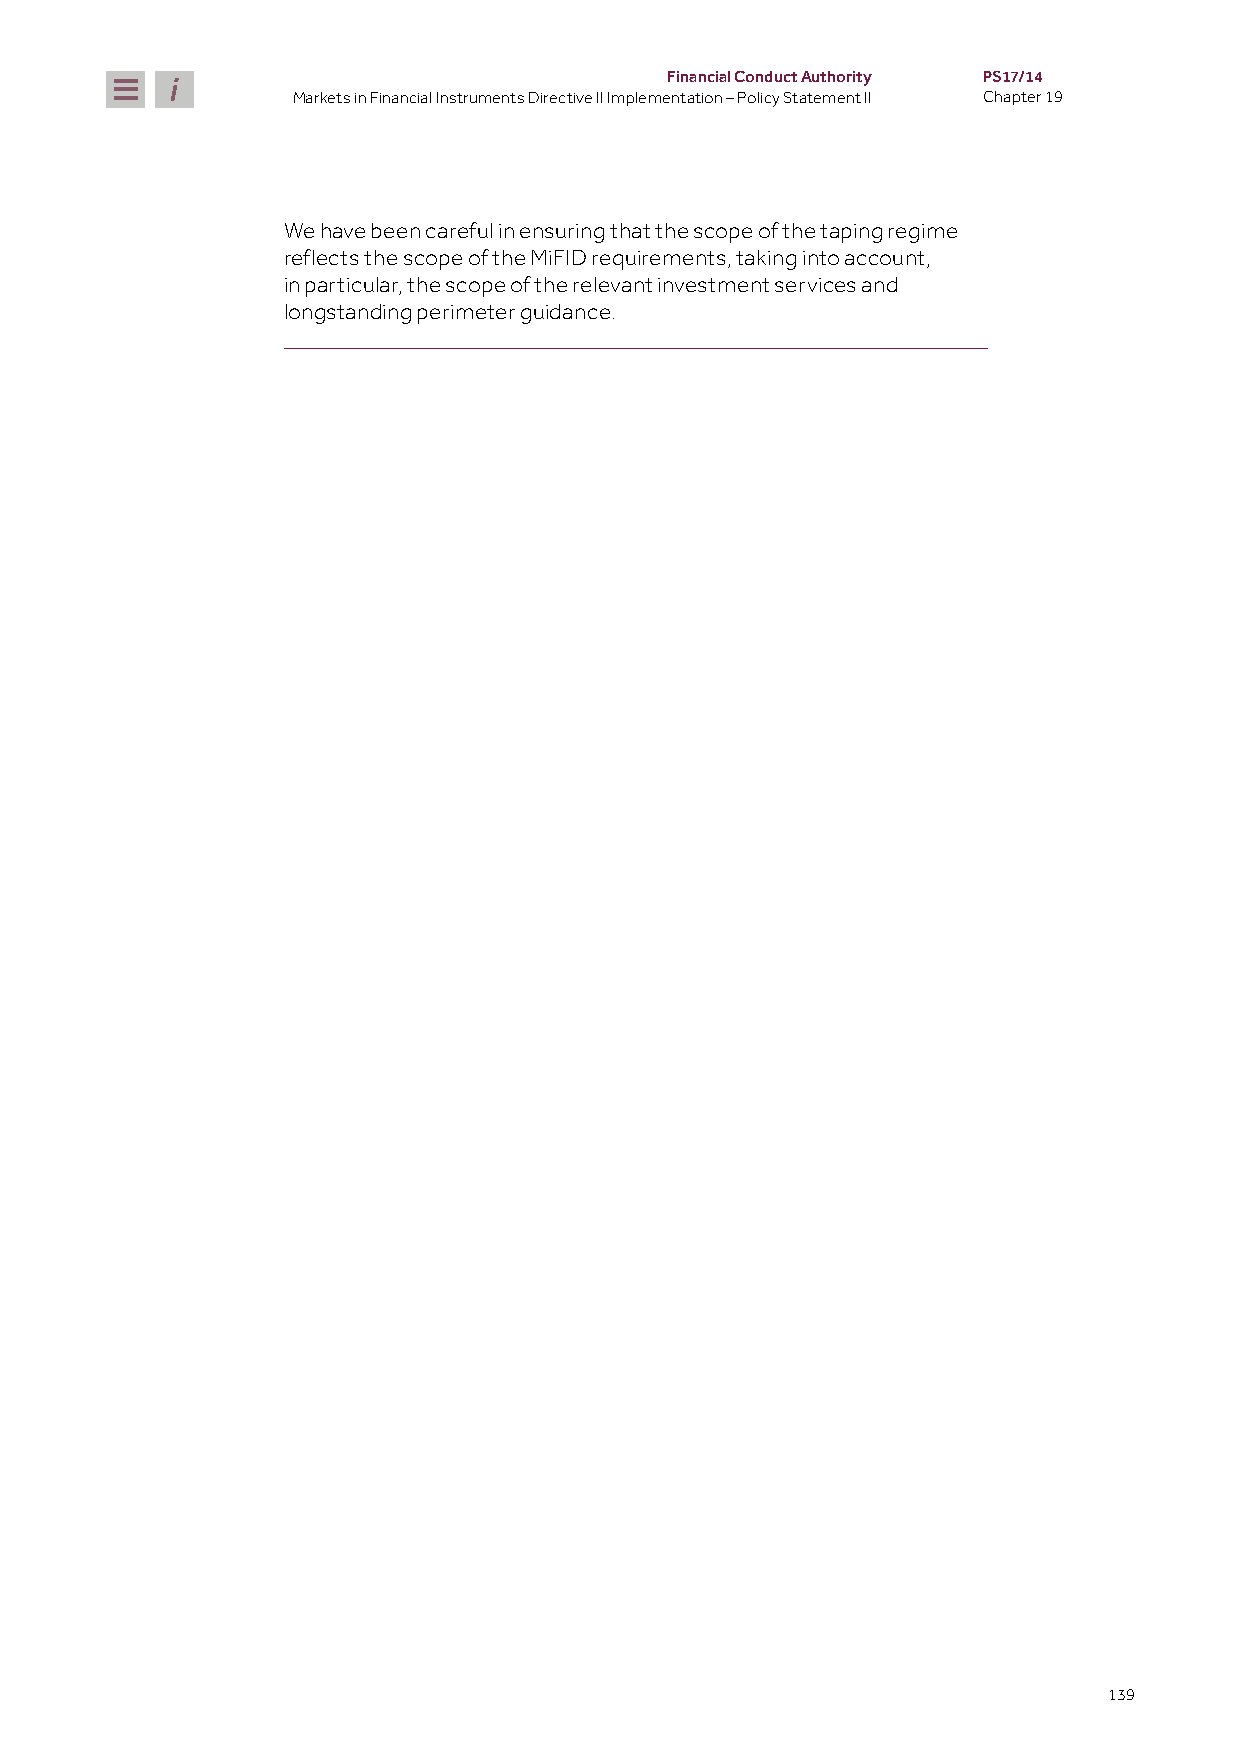
Financial Conduct Authority PS17/14
 Markets in Financial Instruments Directive II Implementation – Policy Statement II Chapter 19
 We have been careful in ensuring that the scope of the taping regime
 reflects the scope of the MiFID requirements, taking into account,
 in particular, the scope of the relevant investment services and
 longstanding perimeter guidance.
 139